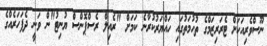
ނޫސްވެރިއަކަށް ޓެރަރިޒަމްގެ ތުހުމަތުގައި ހައްޔަރުކުރާނެ ކަމަށް "ރެއިލް ރެސްޕޮންސް ޔުނިޓު"ން ވަނީ ދެފަހަރެއްގެ